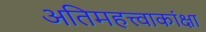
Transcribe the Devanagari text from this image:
अतिमहत्त्वाकांक्षा